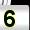
Digit: 5